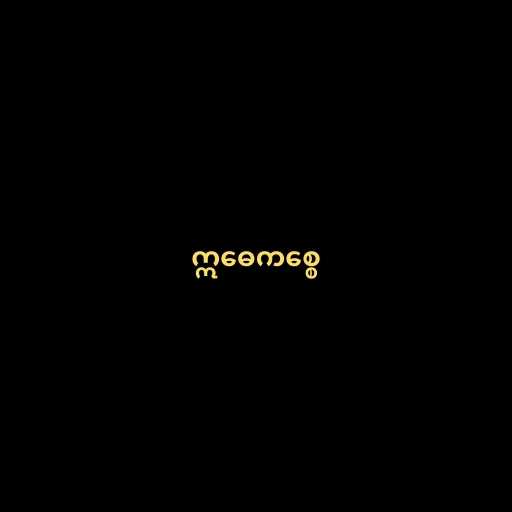
ဣဓေကစ္စေ